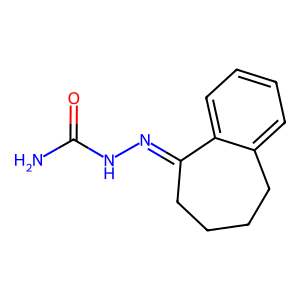
SMILES: NC(=O)NN=C1CCCCc2ccccc21
Inhibits HIV replication: No